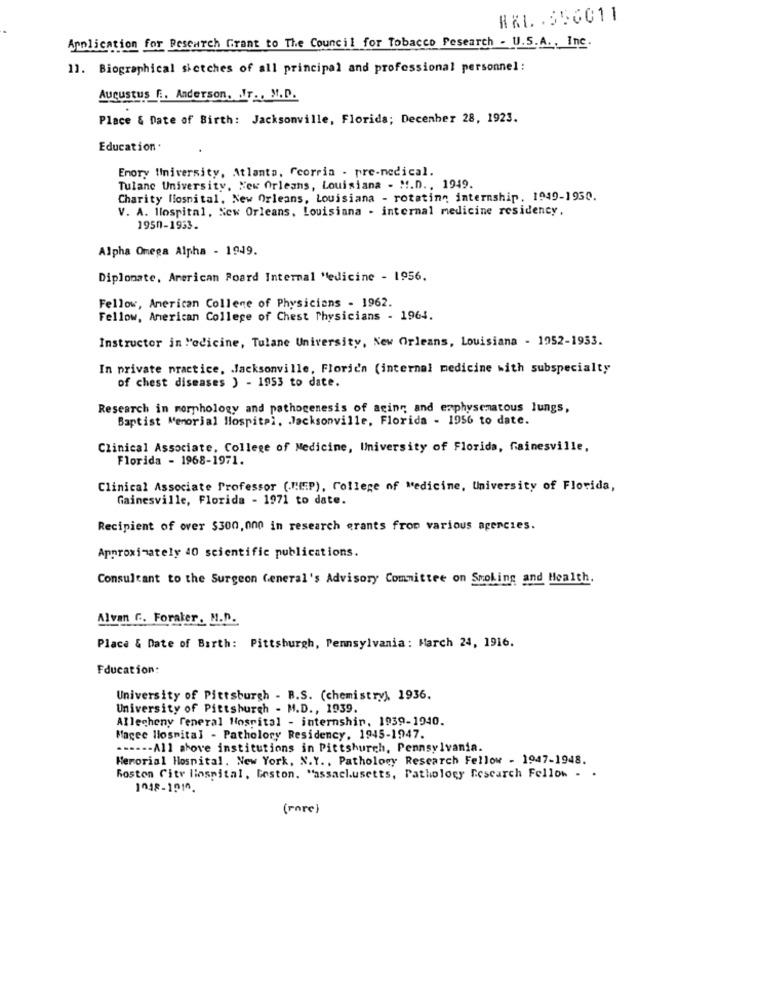
HAL. . 556011
Application for Research Grant to The Council for Tobacco Pesearch - U.S.A ., Inc.
1]. Biographical sictches of all principal and professional personnel:
Augustus F. Anderson. IT ., M.D.
Place & Date of Birth: Jacksonville, Florida; December 28, 1923.
Education.
Enory University, Atlanta, fcorria - pre-medical.
Tulane University, New Orleans, Louisiana - !!. D ., 1949.
Charity Hospital, New Orleans, Louisiana - rotating internship, 1949-1930.
V. A. Hospital, New Orleans, Louisiana - internal medicine residency,
1950-1953.
Alpha Omega Alpha - 1949.
Diplomate, American Poard Internal Medicine - 1956.
Fellow, American College of Physicians - 1962.
Fellow, American College of Chest Physicians - 1964.
Instructor in Medicine, Tulane University, New Orleans, Louisiana - 1952-1933.
In private practice, Jacksonville, Florida (internal medicine with subspecialty
of chest diseases ) - 1953 to date.
Research in morphology and pathogenesis of aging and emphysematous lungs,
Baptist Memorial Hospital, Jacksonville, Florida - 1956 to date.
Clinical Associate, College of Medicine, University of Florida, Gainesville,
Florida - 1968-1971.
Clinical Associate Professor (MEP), College of Medicine, University of Florida,
Gainesville, Florida - 1971 to date.
Recipient of over $300,000 in research grants from various agencies.
Approximately 40 scientific publications.
Consultant to the Surgeon General's Advisory Committee on Smoking and Health.
Alvan C. Forater. M.D.
Place & Date of Birth: Pittsburgh, Pennsylvania: March 24, 1916.
Fducation:
University of Pittsburgh - B.S. (chemistry), 1936.
University of Pittsburgh - M.D ., 1939.
Allecheny General Hospital - internship, 1939-1940.
Magee Hospital - Patholory Residency, 1945-1947.
------ All above institutions in Pittsburgh, Pennsylvania.
Herorial Hospital. New York, N.Y ., Pathology Research Fellow - 1947-1948.
Roston City linspital, Leston. "assachusetts, Pathology Research Fellow . .
( rare )